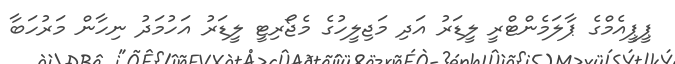
ޕީޕީއެމްގެ ޕާލަމެންޓްރީ ލީޑަރު އަދި މަޖިލީހުގެ މެޖޯރިޓީ ލީޑަރު އަހުމަދު ނިހާން މަރުހަބާ